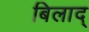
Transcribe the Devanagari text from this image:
बिलाद्